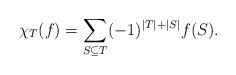
LaTeX: \begin{align*} \chi_T (f) = \sum\limits_{S \subseteq T} (-1)^{|T| + |S|} f(S) .\end{align*}